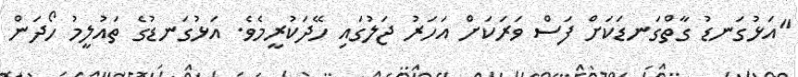
"އަޅުގަނޑު ގާތްގަނޑަކަށް ފަސް ވަރަކަށް އަހަރު ޖަލުގައި ހޭދަކުރީމެވެ. އަޅުގަނޑުގެ ތައުލީމު ހޯދަން